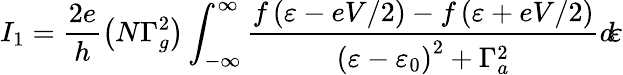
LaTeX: I_{1}=\frac{2e}{h}\left(N\Gamma_{g}^{2}\right)\int_{-\infty}^{\infty}\frac{f\left(\varepsilon-eV/2\right)-f\left(\varepsilon+eV/2\right)}{\left(\varepsilon-\varepsilon_{0}\right)^{2}+\Gamma_{a}^{2}}d\! \varepsilon